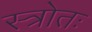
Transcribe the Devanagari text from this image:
स्त्रोतः